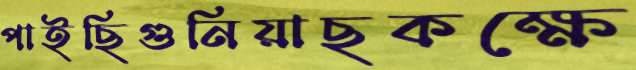
পাইছিগুনিয়াছকক্ষে